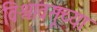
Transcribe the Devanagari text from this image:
विश्वावसूच्या